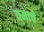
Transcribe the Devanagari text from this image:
तमाचे